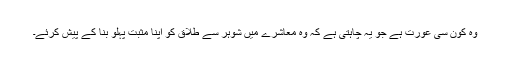
وہ کون سی عورت ہے جو یہ چاہتی ہے کہ وہ معاشرے میں شوہر سے طلاق کو اپنا مثبت پہلو بنا کے پیش کرئے۔